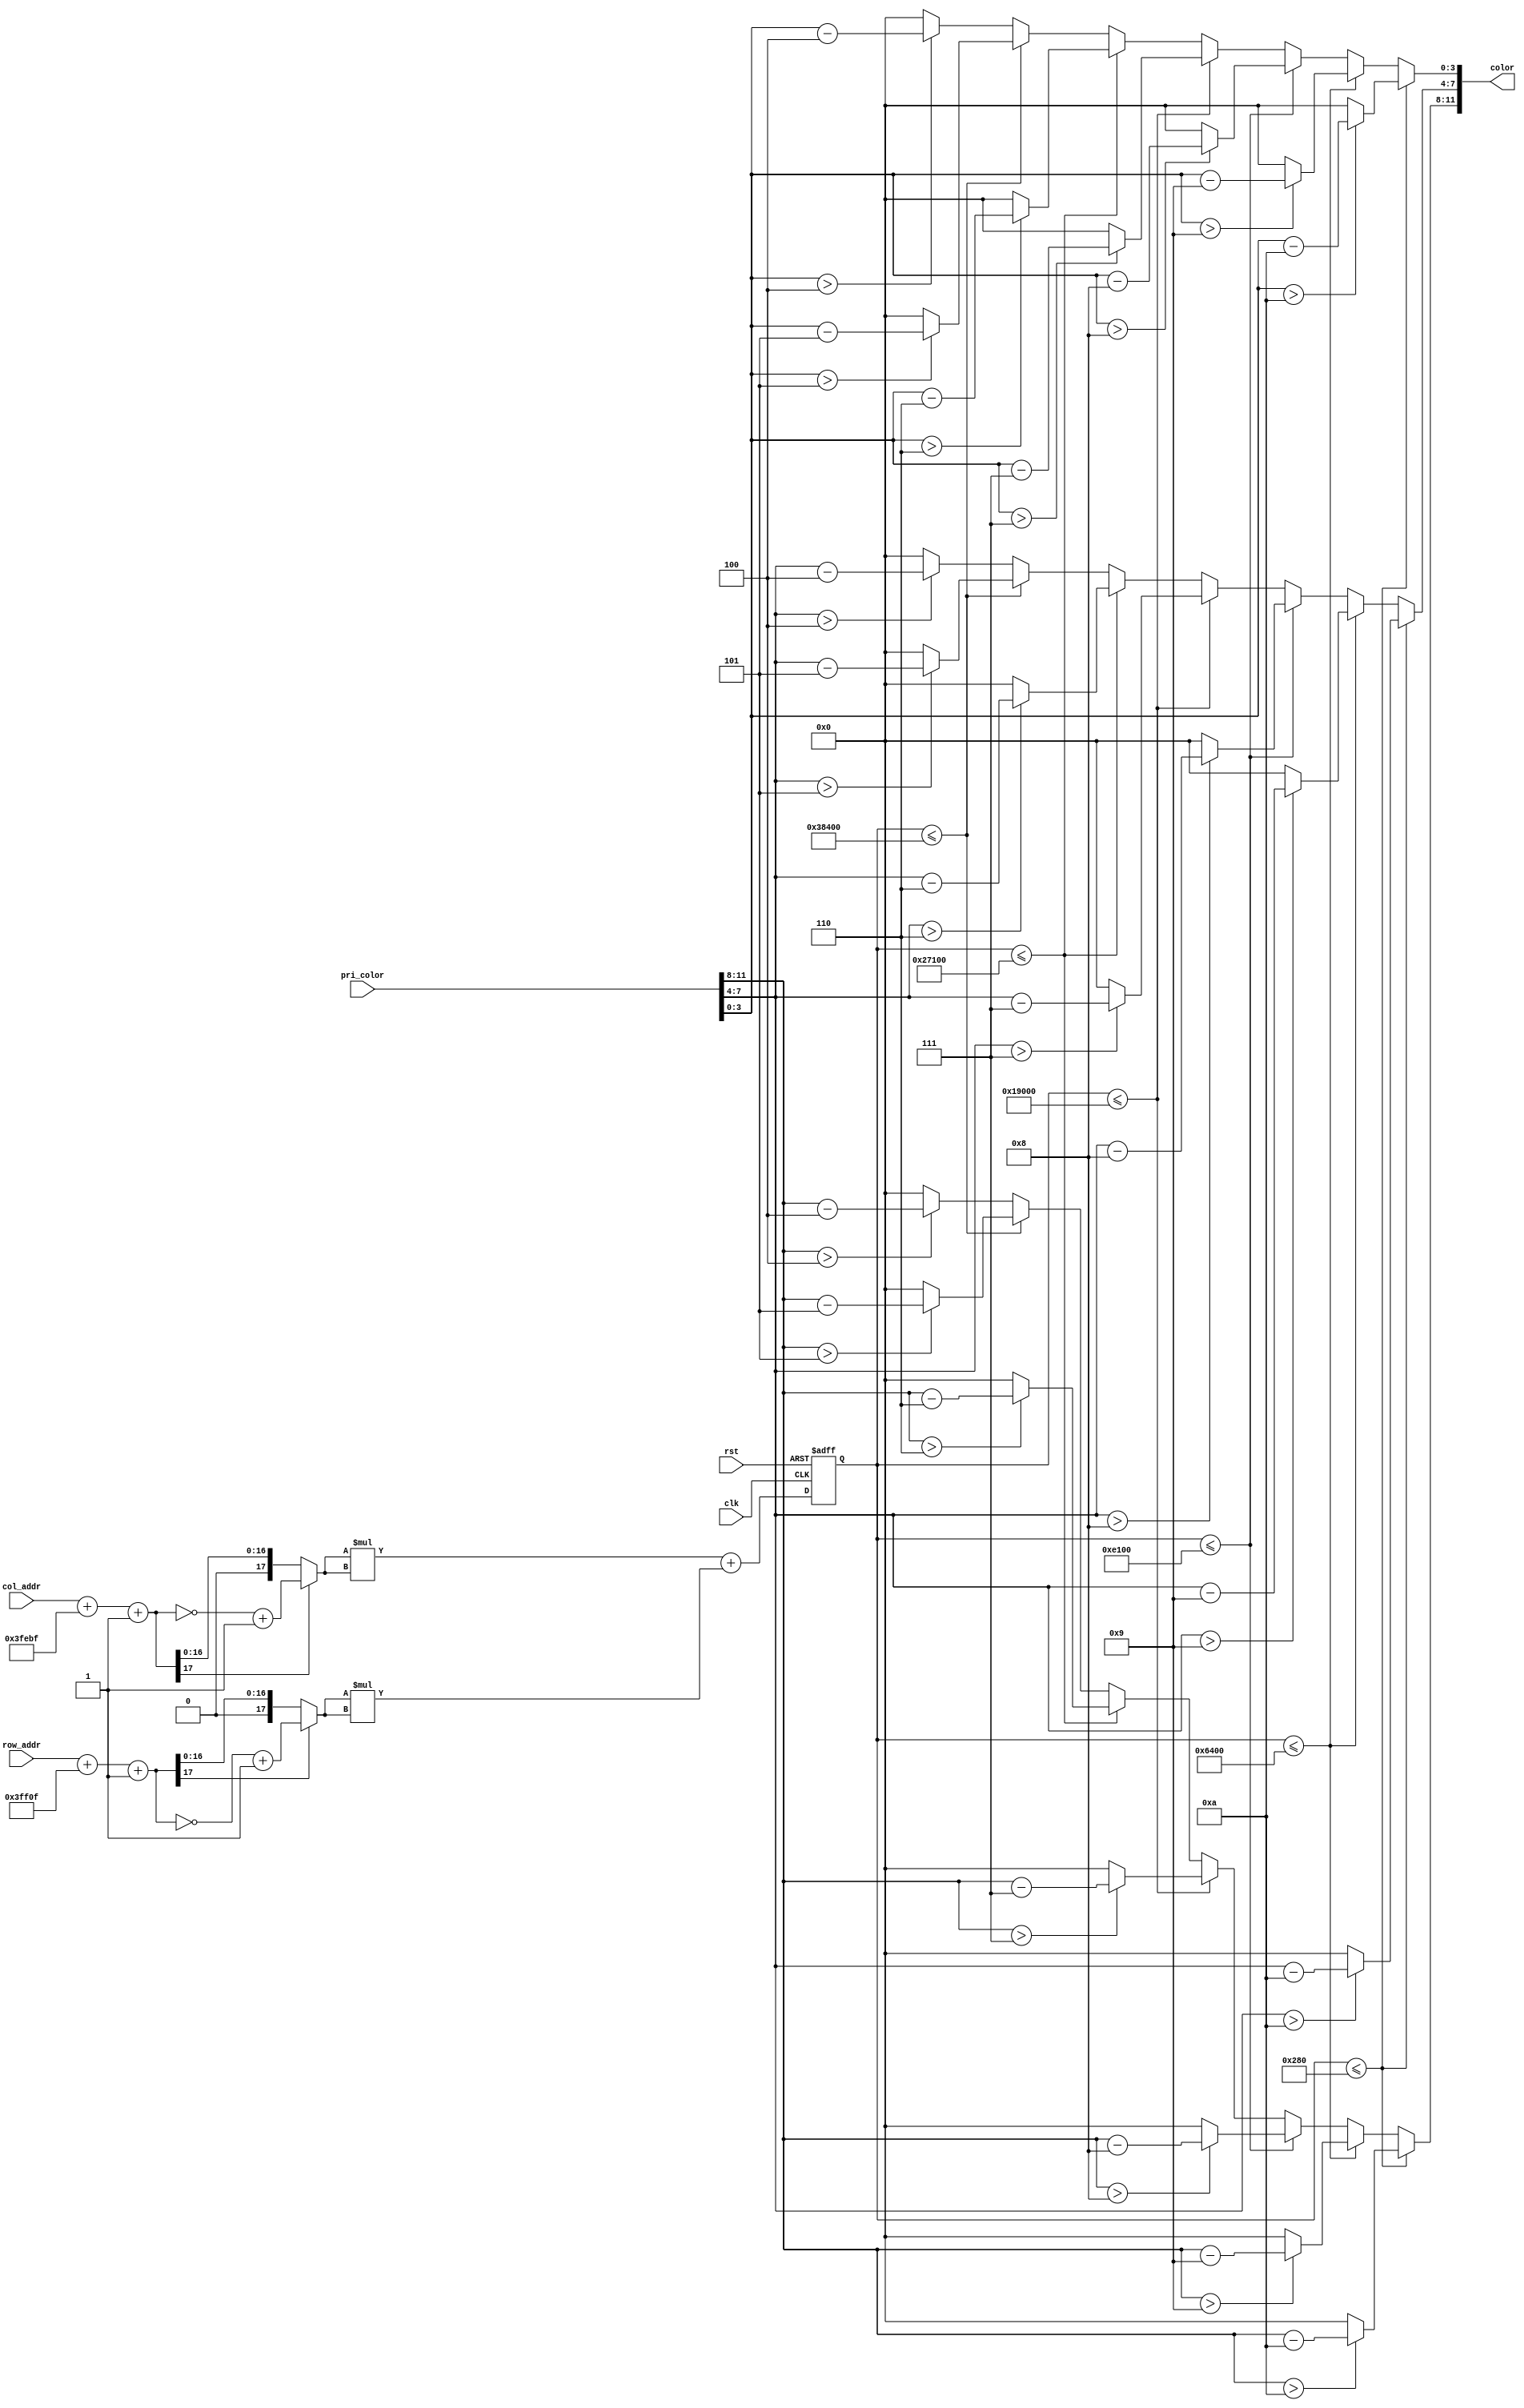
module dim_color(
	input clk,
	input rst,
	input [9:0] col_addr,
	input [8:0] row_addr,
	input [11:0] pri_color,
	output reg [11:0] color
);

	wire [17:0] x;
	wire [17:0] y;
	assign x = {8'b0,col_addr} + ~18'd320 + 18'd1;
	assign y = {9'b0,row_addr} + ~18'd240 + 18'd1;
	wire [17:0] ux;
	wire [17:0] uy;
	assign ux = (x[17]==1'b1) ? ~x+18'd1 : x;
	assign uy = (y[17]==1'b1) ? ~y+18'd1 : y;

	reg [17:0] dist;
	// calculate distance to center
	always @(posedge clk or negedge rst)begin
		if(!rst)begin
			dist <= 18'b0;
		end
		else begin
			dist <= ux*ux + uy*uy;
		end
	end

	// seven level of shading
	always @(*)begin
		if(dist<=18'd640)begin
			color[11:8] = (pri_color[11:8]>4'd10) ? pri_color[11:8]-4'd10 : 4'd0;
			color[7:4] = (pri_color[7:4]>4'd10) ? pri_color[7:4]-4'd10 : 4'd0;
			color[3:0] = (pri_color[3:0]>4'd10) ? pri_color[3:0]-4'd10 : 4'd0;
		end
		else if(dist<=18'd25600)begin
			color[11:8] = (pri_color[11:8]>4'd9) ? pri_color[11:8]-4'd9 : 4'd0;
			color[7:4] = (pri_color[7:4]>4'd9) ? pri_color[7:4]-4'd9 : 4'd0;
			color[3:0] = (pri_color[3:0]>4'd9) ? pri_color[3:0]-4'd9 : 4'd0;
		end
		else if(dist<=18'd57600)begin
			color[11:8] = (pri_color[11:8]>4'd8) ? pri_color[11:8]-4'd8 : 4'd0;
			color[7:4] = (pri_color[7:4]>4'd8) ? pri_color[7:4]-4'd8 : 4'd0;
			color[3:0] = (pri_color[3:0]>4'd8) ? pri_color[3:0]-4'd8 : 4'd0;
		end
		else if(dist<=18'd102400)begin
			color[11:8] = (pri_color[11:8]>4'd7) ? pri_color[11:8]-4'd7 : 4'd0;
			color[7:4] = (pri_color[7:4]>4'd7) ? pri_color[7:4]-4'd7 : 4'd0;
			color[3:0] = (pri_color[3:0]>4'd7) ? pri_color[3:0]-4'd7 : 4'd0;
		end
		else if(dist<=18'd160000)begin
			color[11:8] = (pri_color[11:8]>4'd6) ? pri_color[11:8]-4'd6 : 4'd0;
			color[7:4] = (pri_color[7:4]>4'd6) ? pri_color[7:4]-4'd6 : 4'd0;
			color[3:0] = (pri_color[3:0]>4'd6) ? pri_color[3:0]-4'd6 : 4'd0;
		end
		else if(dist<=18'd230400)begin
			color[11:8] = (pri_color[11:8]>4'd5) ? pri_color[11:8]-4'd5 : 4'd0;
			color[7:4] = (pri_color[7:4]>4'd5) ? pri_color[7:4]-4'd5 : 4'd0;
			color[3:0] = (pri_color[3:0]>4'd5) ? pri_color[3:0]-4'd5 : 4'd0;
		end
		else begin
			color[11:8] = (pri_color[11:8]>4'd4) ? pri_color[11:8]-4'd4 : 4'd0;
			color[7:4] = (pri_color[7:4]>4'd4) ? pri_color[7:4]-4'd4 : 4'd0;
			color[3:0] = (pri_color[3:0]>4'd4) ? pri_color[3:0]-4'd4 : 4'd0;
		end
	end

endmodule